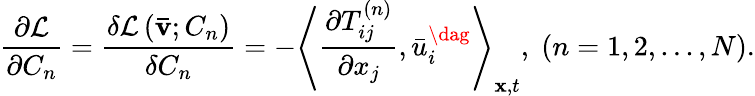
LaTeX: \frac{{\partial{\mathcal L}}}{{\partial{C_{n}}}}=\frac{{\delta{\mathcal L}\left({{\mathbf{\bar{v}}};{C_{n}}}\right)}}{{\delta{C_{n}}}}=-{\left\langle{\frac{{\partial T_{ij}^{\left(n\right)}}}{{\partial{x_{j}}}},\bar{u}_{i}^{\dag}}\right\rangle_{{\mathbf{x}},t}},\; \left({n=1,2,...,N}\right).